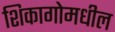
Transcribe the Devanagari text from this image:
शिकागोमधील